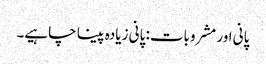
پانی اور مشروبات: پانی زیادہ پینا چاہیے۔